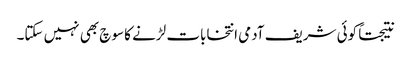
نتیجتاً کوئی شریف آدمی انتخابات لڑنے کا سوچ بھی نہیں سکتا۔